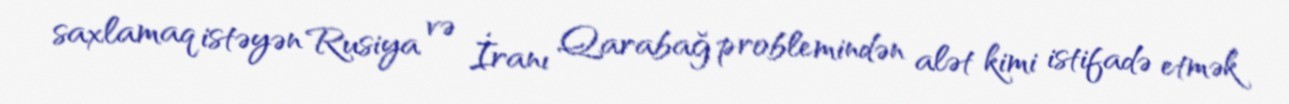
saxlamaq istəyən Rusiya və İranı Qarabağ problemindən alət kimi istifadə etmək